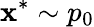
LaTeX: \mathbf{x}^{*}\sim p_{0}